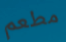
مطعم